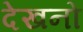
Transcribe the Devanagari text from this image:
देखनो